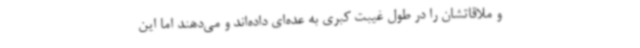
و ملاقاتشان را در طول غیبت کبری به عده‌ای داده‌اند و می‌دهند اما این